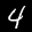
Label: 4